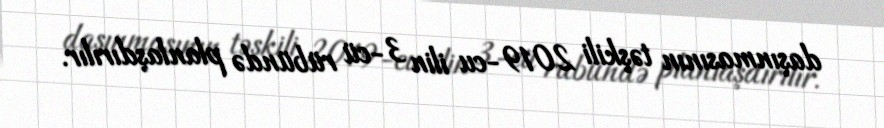
daşınmasının təşkili 2019-cu ilin 3-cü rübündə planlaşdırılır.